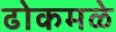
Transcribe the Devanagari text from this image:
ढोकमळे